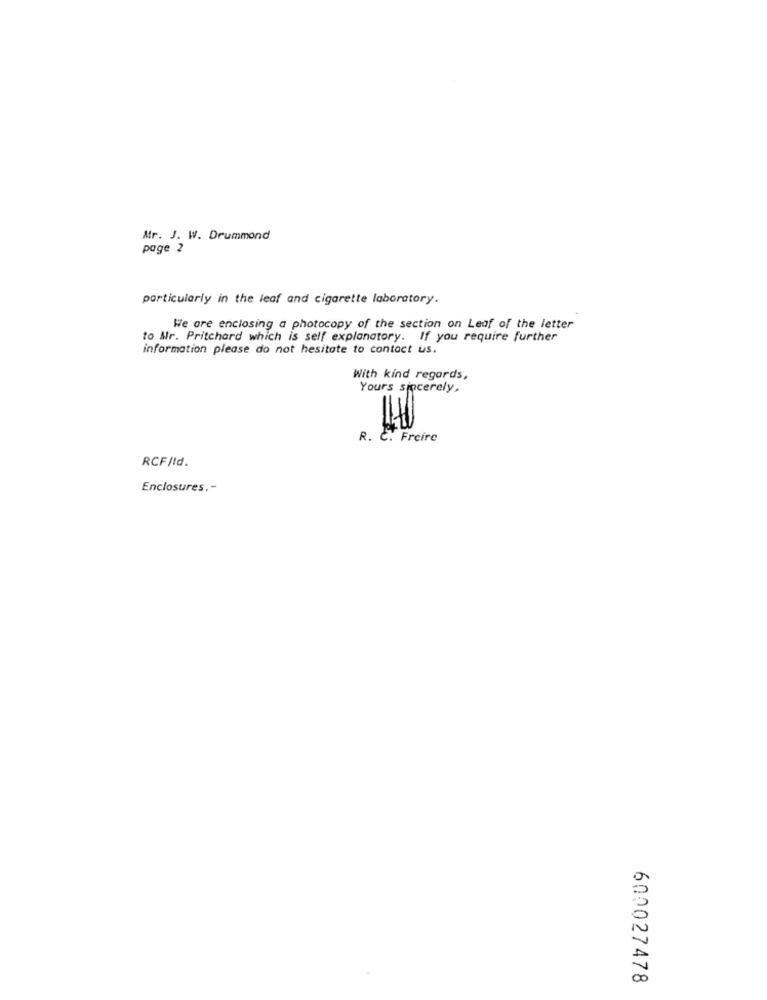
Mr. J. W. Drummond
page 2
particularly in the leaf and cigarette laboratory.
We are enclosing a photocopy of the section on Leaf of the letter
to Mr. Pritchard which is self explanatory. If you require further
information please do not hesitate to contact us.
With kind regards,
Yours sincerely,
R. C. Freire
RCF/Id.
Enclosures .-
600027478